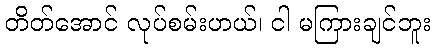
တိတ်အောင် လုပ်စမ်းဟယ်၊ ငါ မကြားချင်ဘူး